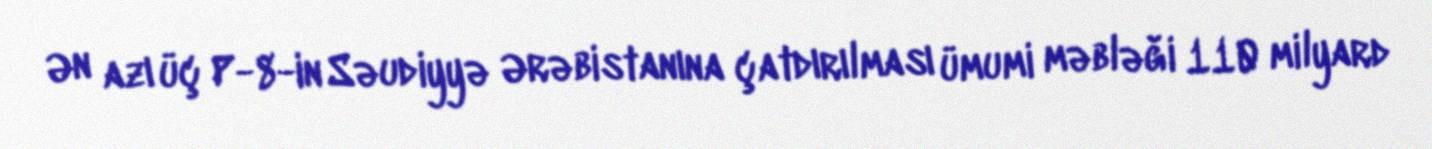
Ən azı üç P-8-in Səudiyyə Ərəbistanına çatdırılması ümumi məbləği 110 milyard